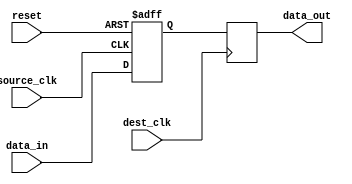
module two_flop_synchronizer (
    input wire source_clk,
    input wire dest_clk,
    input wire reset,
    input wire data_in,
    output reg data_out
);

reg source_ff;
reg dest_ff;

always @(posedge source_clk or posedge reset) begin
    if (reset) begin
        source_ff <= 1'b0;
    end else begin
        source_ff <= data_in;
    end
end

always @(posedge dest_clk) begin
    dest_ff <= source_ff;
end

assign data_out = dest_ff;

endmodule